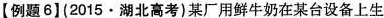
【例题6】(2015·湖北高考)某厂用鲜牛奶在某台设备上生